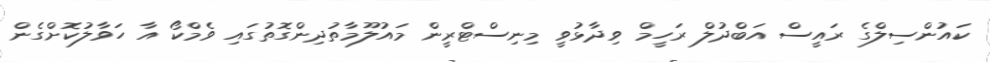
ކައުންސިލްގެ ރައީސް އަބްދުލް ރަހީމް ވިދާޅުވީ މިނިސްޓްރީން މައުލޫމާތުދިންގޮތުގައި ވެމްކޯ އާ ހަވާލުކޮށްގެން